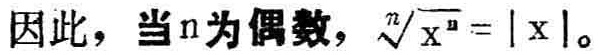
因此，当\(n\)为偶数，\(\sqrt[n]{x^{n}} = |x|\)。